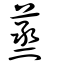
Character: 蒸